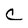
Character: c